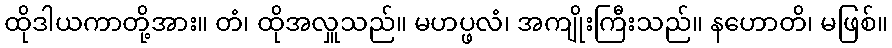
ထိုဒါယကာတို့အား။ တံ၊ ထိုအလှူသည်။ မဟပ္ဖလံ၊ အကျိုးကြီးသည်။ နဟောတိ၊ မဖြစ်။